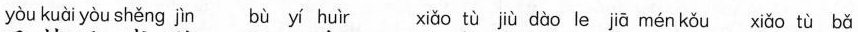
yòu kuài yòu shěng jìn bù yí huìr xiǎo tù jù dào le jiā mén kǒu xiǎo tù bǎ